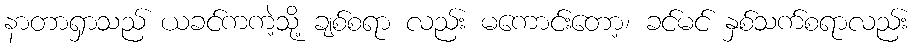
နာတာရှာသည် ယခင်ကကဲ့သို့ ချစ်စရာ လည်း မကောင်းတော့၊ ခင်မင် နှစ်သက်စရာလည်း